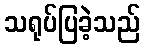
သရုပ်ပြခဲ့သည်